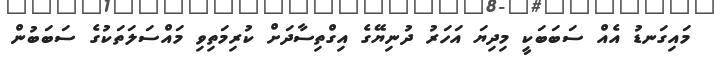
މައިގަނޑު އެއް ސަބަބަކީ މިދިޔަ އަހަރު ދުނިޔޭގެ އިގްތިސާދަށް ކުރިމަތިވި މައްސަލަތަކުގެ ސަބަބުން